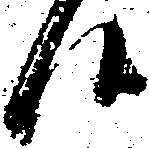
候